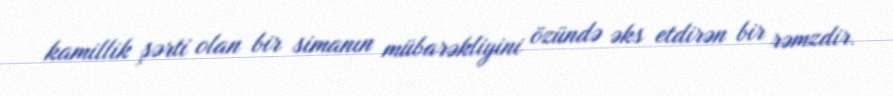
kamillik şərti olan bir simanın mübarəkliyini özündə əks etdirən bir rəmzdir.